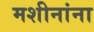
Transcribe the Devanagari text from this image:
मशीनांना